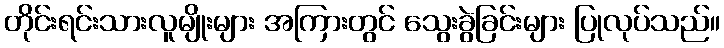
တိုင်းရင်းသားလူမျိုးများ အကြားတွင် သွေးခွဲခြင်းများ ပြုလုပ်သည်။